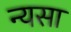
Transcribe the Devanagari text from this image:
न्यसा